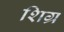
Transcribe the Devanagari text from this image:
शिग्र